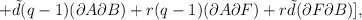
\begin{align*}+{\tilde d}(q-1)(\partial A\partial B)+r(q-1)(\partial A\partial F) +r{\tilde d}(\partial F\partial B)], \end{align*}